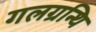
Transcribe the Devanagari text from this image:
गलग्रन्थि